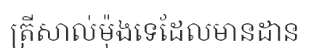
ត្រីសាល់ម៉ុងទេដែលមានដាន